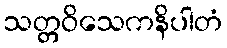
သတ္တဝိသေကနိပါတံ